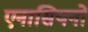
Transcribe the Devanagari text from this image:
एनासियनों